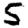
Digit: 5